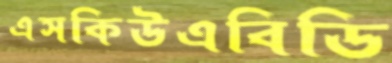
এসকিউএবিডি